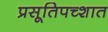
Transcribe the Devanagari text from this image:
प्रसूतिपच्शात